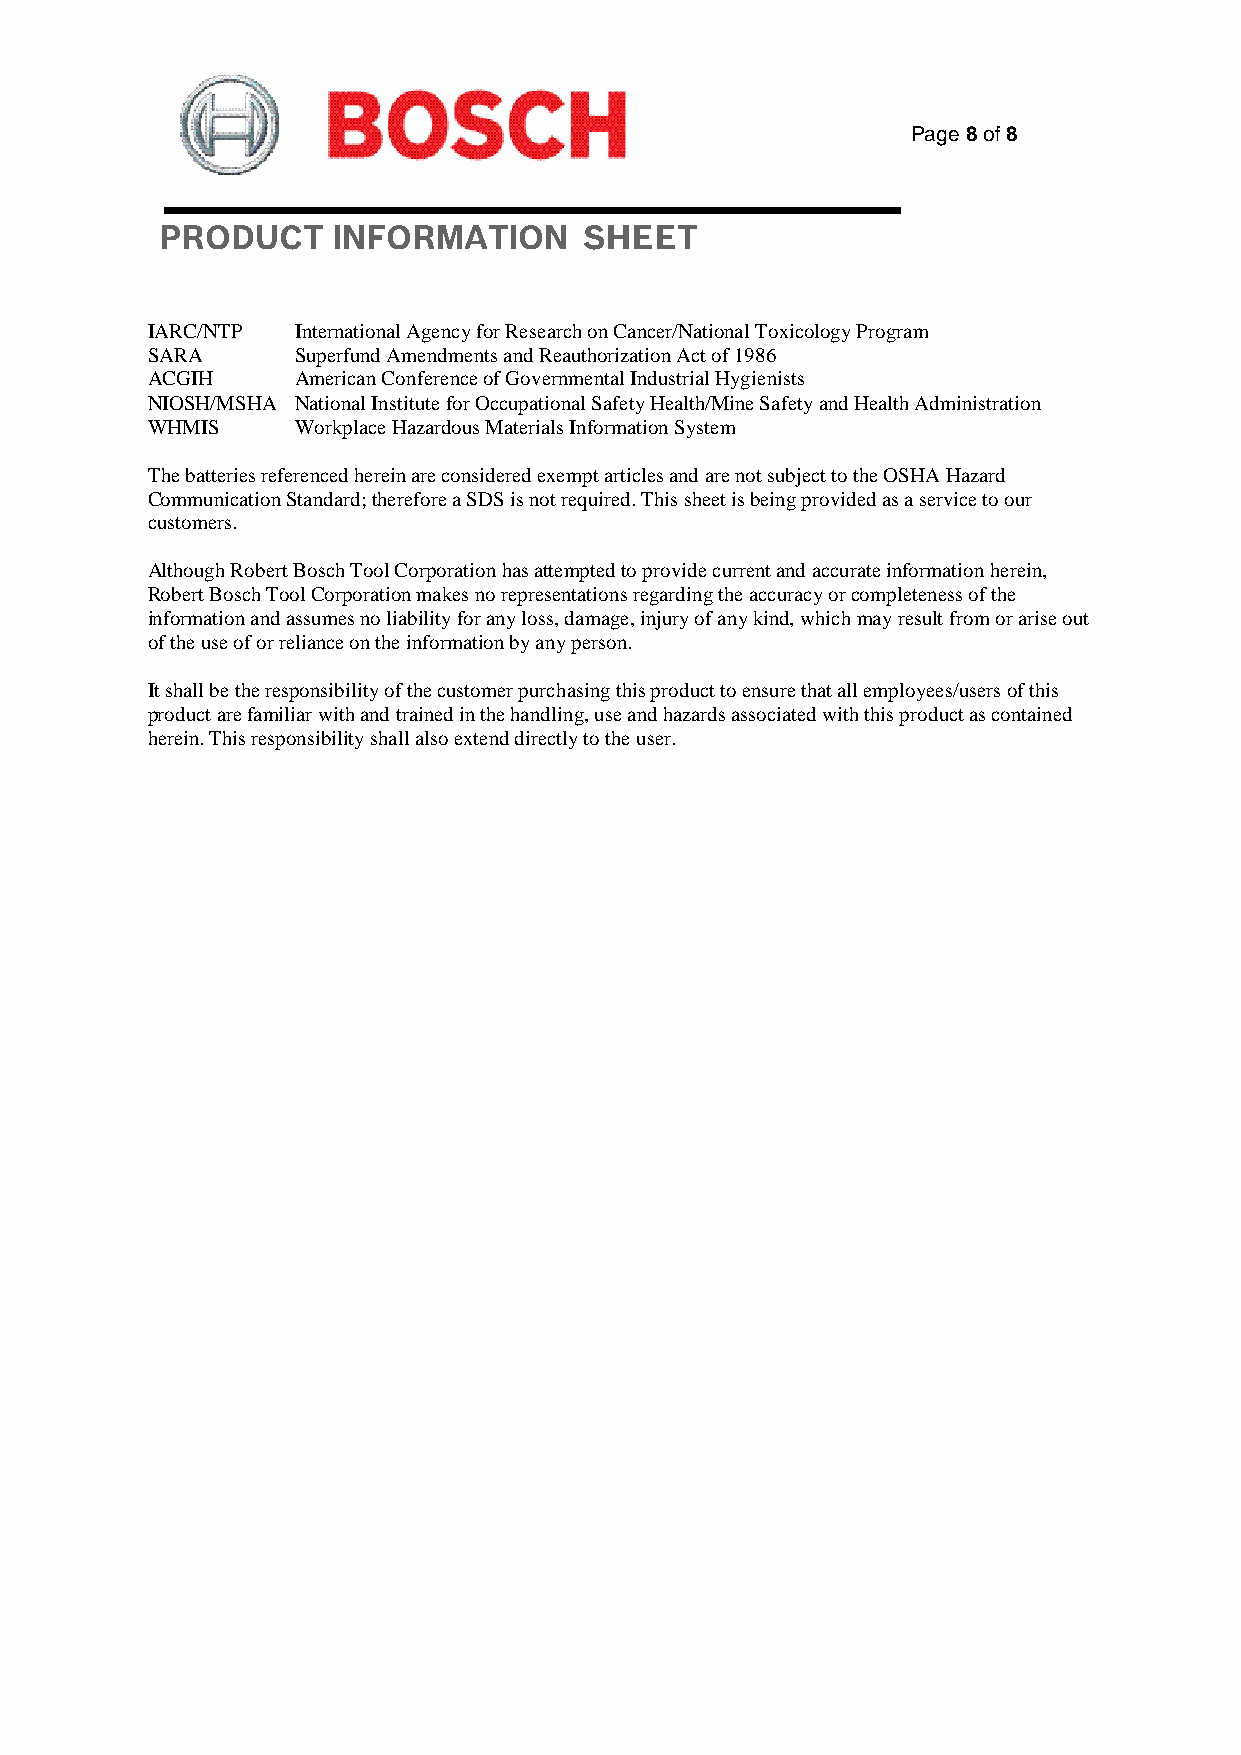
Page 8 of 8
 PRODUCT    INFORMATION      SHEET
 IARC/NTP  International Agency for Research on Cancer/National Toxicology Program
 SARA      Superfund Amendments and Reauthorization Act of 1986
 ACGIH     American Conference of Governmental Industrial Hygienists
 NIOSH/MSHA National Institute for Occupational Safety Health/Mine Safety and Health Administration
 WHMIS     Workplace Hazardous Materials Information System
 The batteries referenced herein are considered exempt articles and are not subject to the OSHA Hazard
 Communication Standard; therefore a SDS is not required. This sheet is being provided as a service to our
 customers.
 Although Robert Bosch Tool Corporation has attempted to provide current and accurate information herein,
 Robert Bosch Tool Corporation makes no representations regarding the accuracy or completeness of the
 information and assumes no liability for any loss, damage, injury of any kind, which may result from or arise out
 of the use of or reliance on the information by any person.
 It shall be the responsibility of the customer purchasing this product to ensure that all employees/users of this
 product are familiar with and trained in the handling, use and hazards associated with this product as contained
 herein. This responsibility shall also extend directly to the user.